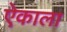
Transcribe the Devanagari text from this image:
ऐकाला